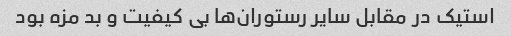
استیک در مقابل سایر رستوران‌ها بی کیفیت و بد مزه بود